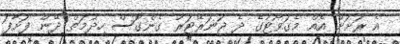
އެ ރަށަށް އެއް މެގަވޯޓުގެ ދެ ޖަނަރޭޓަރު ގެންގޮސް ހިދުމަތް ދޭން ފަށާފަ